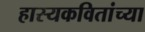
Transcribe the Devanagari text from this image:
हास्यकवितांच्या